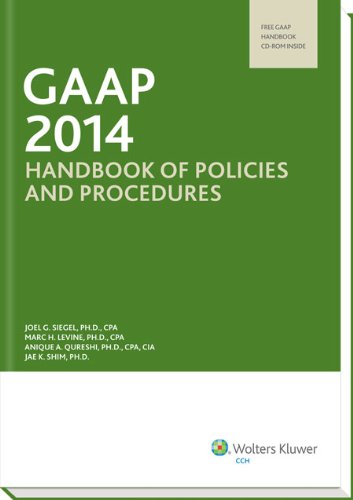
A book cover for GAAP Handbook of Policies and Procedures (w/CD-ROM) (2014) (GAAP Handbook of Policies & Procedures); Ph.D., CPA Joel G. Siegel; Business & Money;